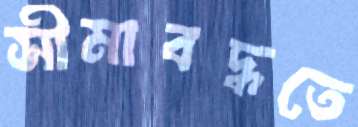
সীমাবদ্ধতে